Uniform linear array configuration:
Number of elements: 4
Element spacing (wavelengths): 0.5
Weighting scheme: hamming
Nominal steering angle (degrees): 15
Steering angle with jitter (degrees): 15.766
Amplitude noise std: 0.05
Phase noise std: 0.05

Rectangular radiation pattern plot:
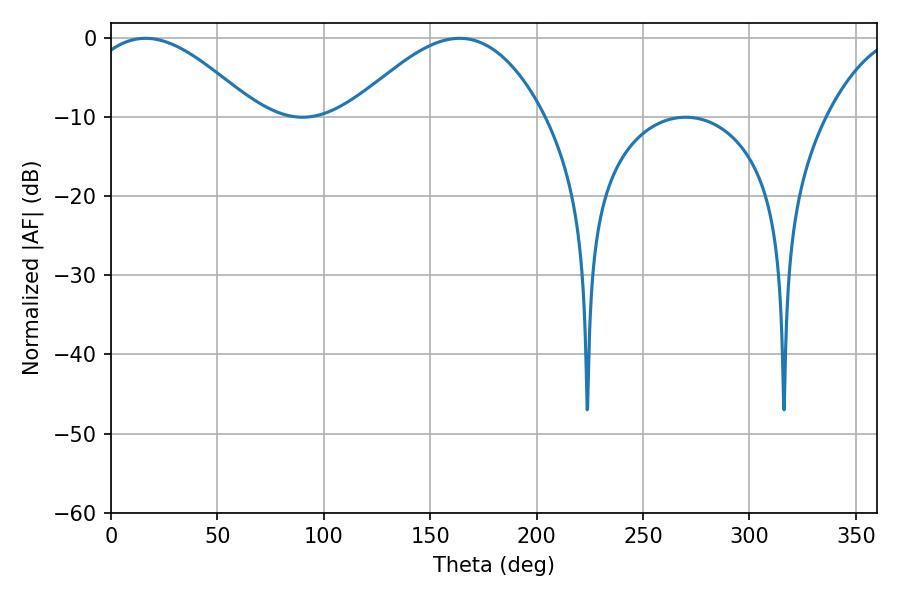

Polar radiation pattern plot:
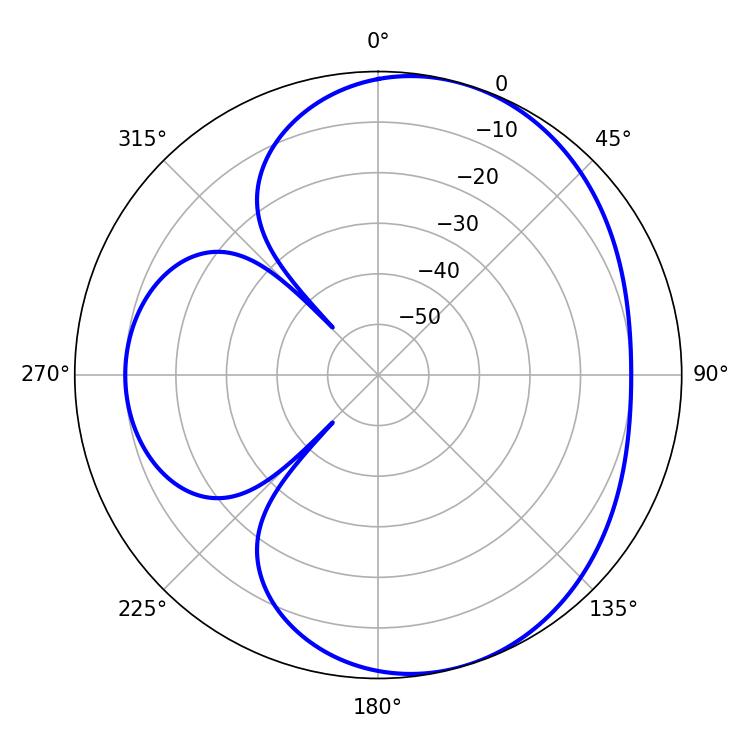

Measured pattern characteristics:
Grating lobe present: FALSE
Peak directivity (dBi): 5.339
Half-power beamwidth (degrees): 43.02
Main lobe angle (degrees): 16.2